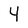
Character: 4